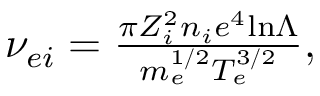
\begin{array} { r } { \nu _ { e i } = \frac { \pi Z _ { i } ^ { 2 } n _ { i } e ^ { 4 } \mathrm { l n } \Lambda } { m _ { e } ^ { 1 / 2 } T _ { e } ^ { 3 / 2 } } , } \end{array}